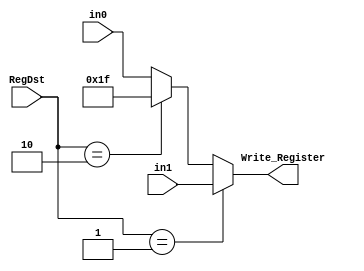
module Reg_Dst_MUX(Write_Register,in0,in1,RegDst);
	input  wire [4:0] in0,in1;
	input  wire [1:0] RegDst;
	output reg  [4:0] Write_Register;
	reg [4:0] ra;
	initial 
	begin
		ra = 5'd31;
	end
	always@(*)
	begin 
		if (RegDst == 1)
		begin
			Write_Register <= in1;
		end

		else if (RegDst == 2)
		begin
			Write_Register <= ra;
		end

		else 
		begin
			Write_Register <= in0;
		end
	end
endmodule
module MUX_32_1(output_mux,input0,input1,selector);
	output reg  [31:0] output_mux;
	input  wire [31:0] input0;
	input  wire [31:0] input1;
	input  wire selector;
	always@(*)
	begin 
		if (selector == 1)
		begin
			output_mux <= input1;
		end
		else
		begin
			output_mux <= input0;
		end
	
	end
endmodule
module MUX_32_2(output_mux,input0,input1,input2,selector);

	input  wire [31:0] input0;
	input  wire [31:0] input1;
	input  wire [31:0] input2;
	input wire  [1:0] selector;
	output reg  [31:0] output_mux;
	
	always@(*)
	begin 
		if (selector == 1)
		begin
			output_mux <= input1;
		end
	
		else if (selector == 2)
		begin
			output_mux <= input2;
		end

		else 
		begin
			output_mux <= input0;
		end
end

endmodule